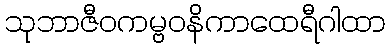
သုဘာဇီဝကမ္ဗဝနိကာထေရီဂါထာ